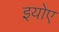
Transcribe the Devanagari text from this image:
इयोए